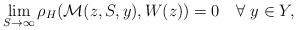
LaTeX: \begin{align*}\lim_{S\rightarrow\infty}\rho_H(\mathcal{M}(z,S,y), W(z))=0 \ \ \ \forall \ y\in Y,\end{align*}